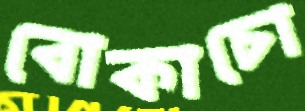
বোকাচো